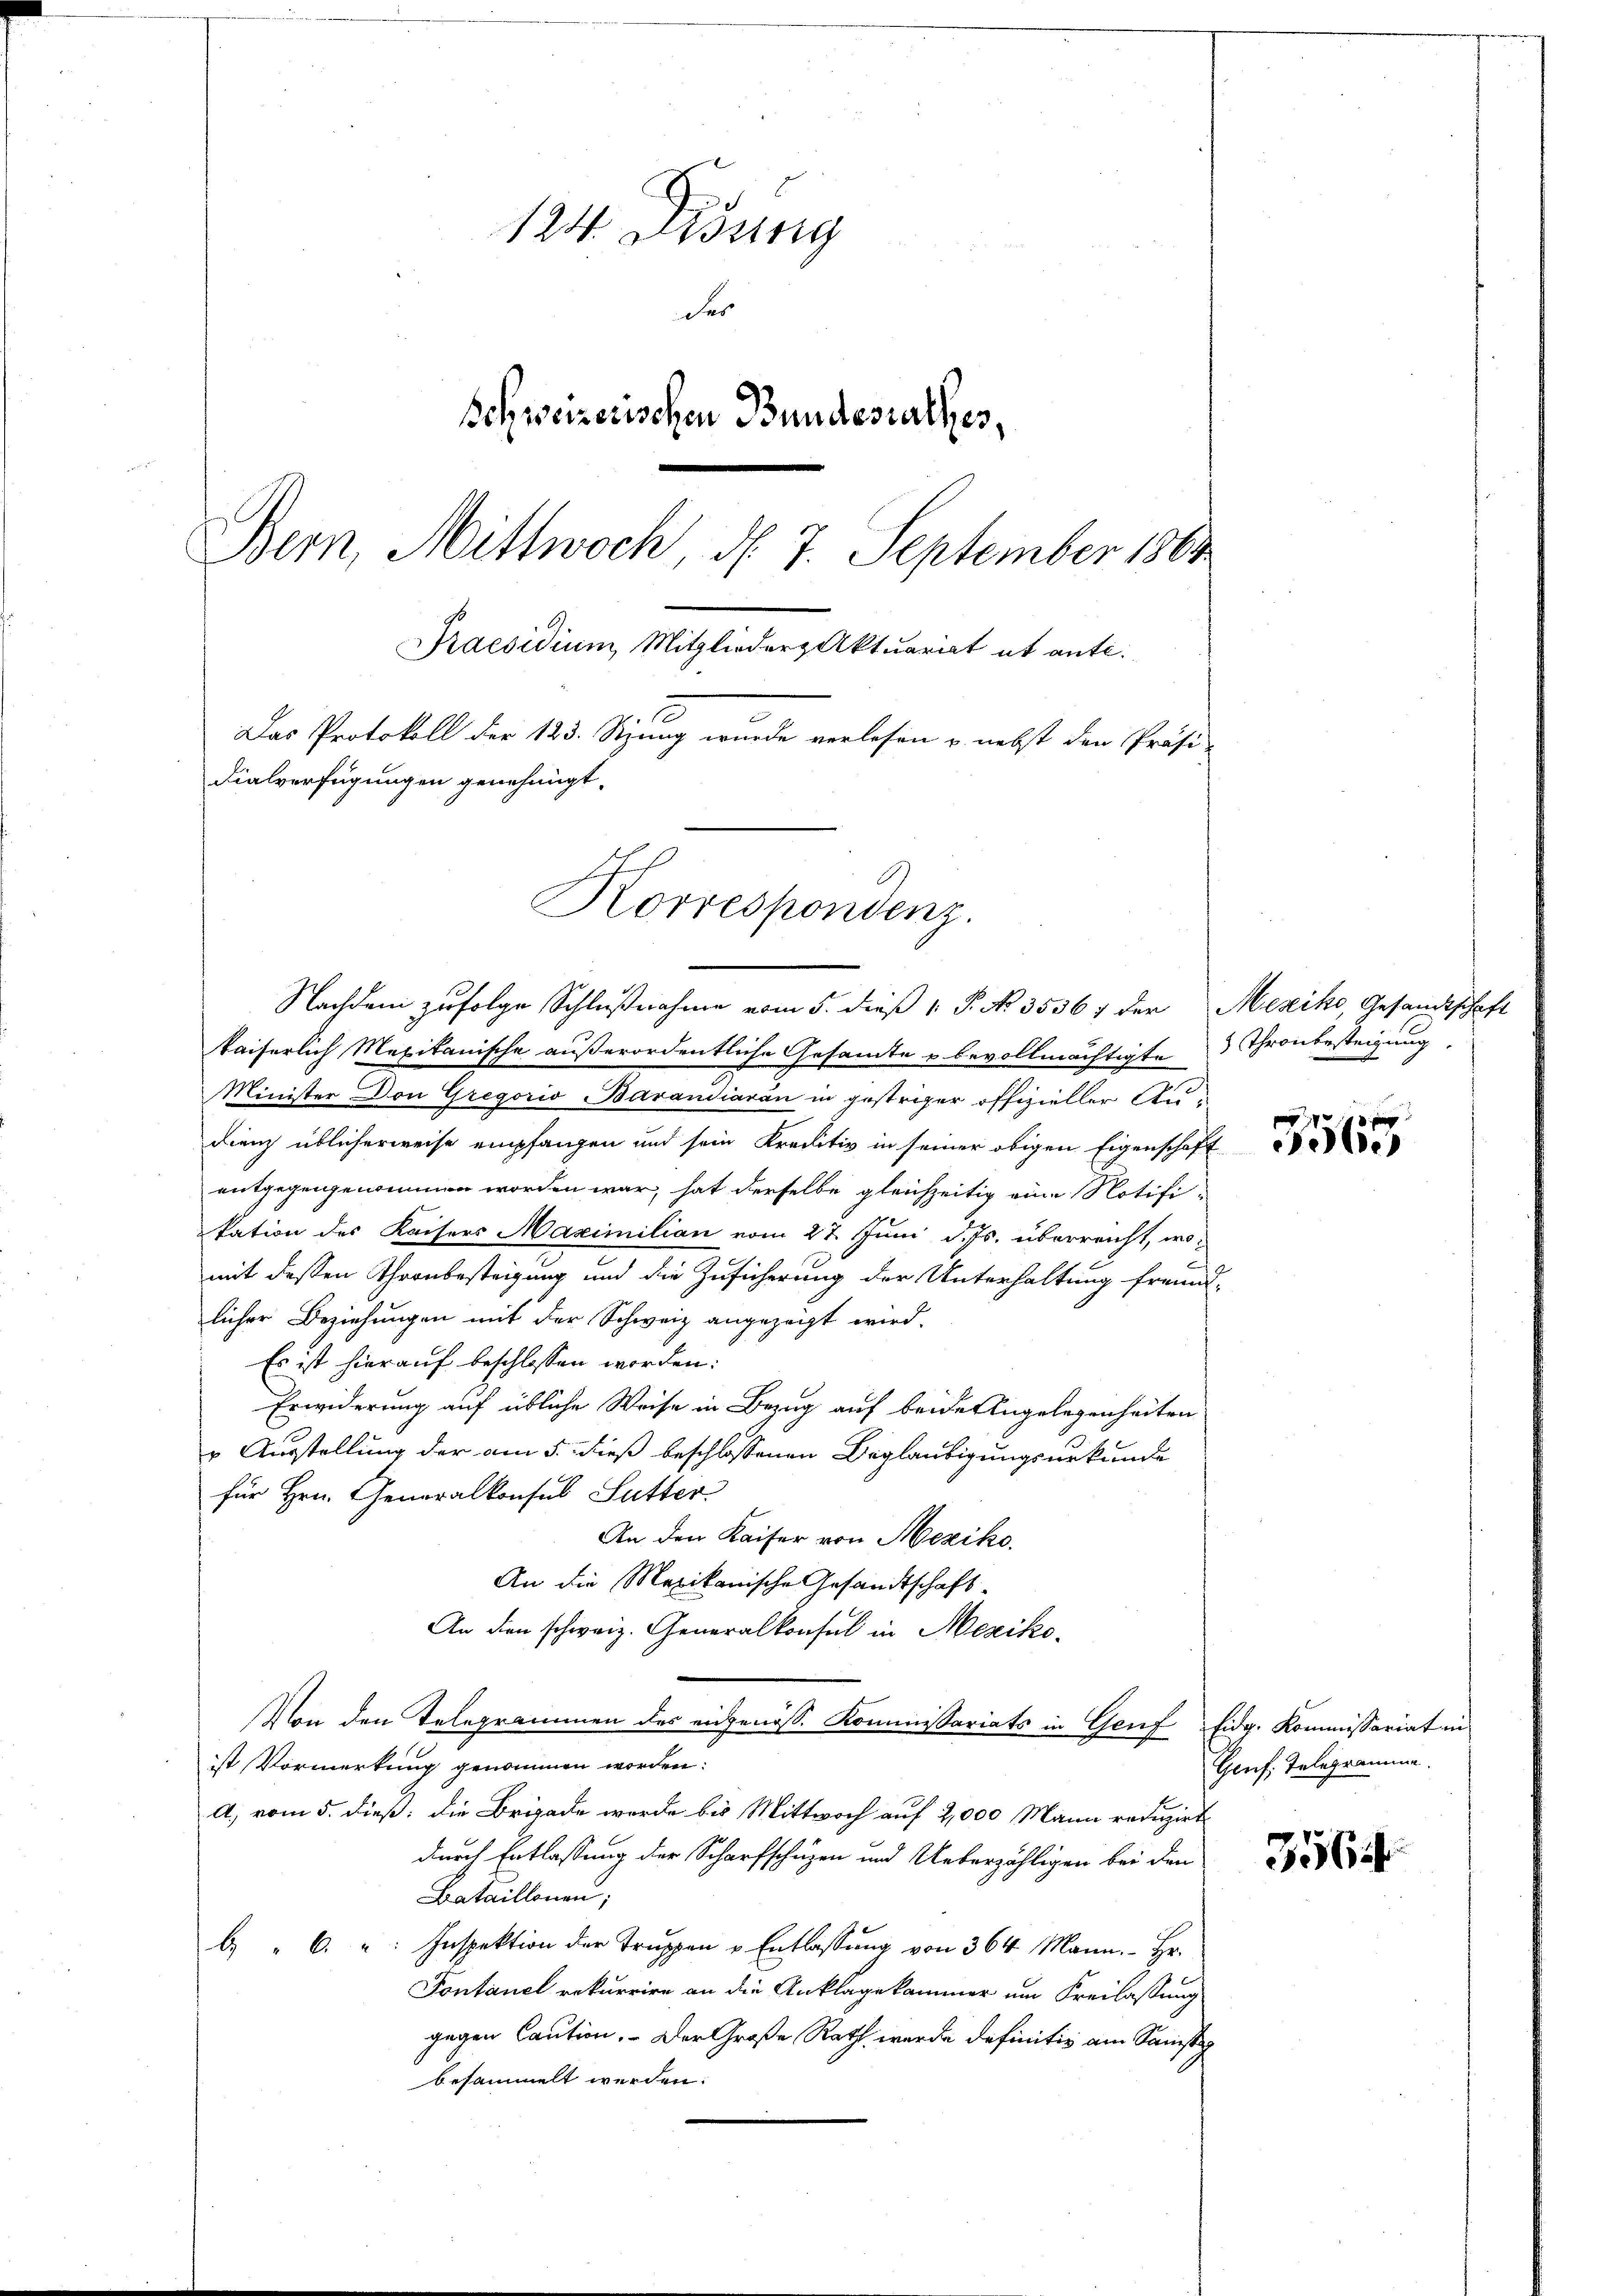
124. Didung
des
Schweizerischen Bundesrathes,
Bern, Mittwoch d. 7. September 1863.
Praesidium Mitglieder Aktuariat et ante.
Das Protokoll der 123. Sitzung wurde verlesen u. nebst den Präsi-
Fialverfügungen genehmigt.

Korrespondenz.
Nachdem zufolge Schlußnahme vom 5. dieß 1 S. No. 35367 der Mexiko, Gesandtschaft

kaiserlich Mexikanische außerordentliche Gesamte u bevollmächtigte Thronbesteigung
Minister Don Gregoris Barandiaran in gestriger offizieller Andienz üblicherweise empfangen und sein Kreditiv in seiner obigen Eigenschaft
entgegengenommen worden war, hat derselbe gleichzeitig eine Notifi-
kation des Kaisers Maximilian vom 27. Juni d. Js. überreicht, womit dessen Thronbesteigung und die Zusicherung der Unterhaltung freund-
licher Beziehungen mit der Schweiz angezeigt wird.
Es ist hierauf beschlossen worden.
Erwiderung auf übliche Weise in Bezug auf beide Angelegenheiten
r Ausstellung der am 5. dieß beschlossenen Beglaubigungsurkunde
für Hrn. Generalkonsul Sutter
An den Kaiser von Meziko
An die Maxikanische Gesandtschaft
An den schweiz. Generalkonsul in Mexiko¬
Von den Telegrammen des angenöss. Kommissariats in Genf Eidg. Kommissariat in
ist Vormerkung genommen worden.
A) vom 5. dieß: die Brigade wurde bis Mittwoch auf 2,000 Mann reduzirt
durch Entlassung der Scharfschuzen und Ueberzähligen bei den
Bataillonen,
b. " 6. " Inspektion der Trŭppen u. Entlassŭng von 364 Mann. Hr.
Pontanel rekurrire an die Anklage kammer um Freilassung
gegen Caution. Der Große Rath werde definitiv am Samst
besammelt werden:

10 x
ele

Genf. Telegramma

3564